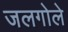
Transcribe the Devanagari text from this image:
जलगोले